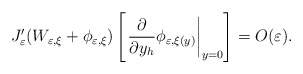
\begin{align*}J_{\varepsilon}^{\prime}(W_{\varepsilon,\xi}+\phi_{\varepsilon,\xi})\left[\left. \frac{\partial}{\partial y_{h}}\phi_{\varepsilon,\xi(y)}\right\vert_{y=0}\right] =O(\varepsilon).\end{align*}